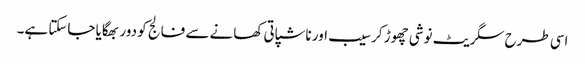
اسی طرح سگریٹ نوشی چھوڑ کر سیب اور ناشپاتی کھانے سے فالج کو دور بھگایا جاسکتا ہے۔